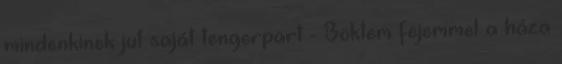
mindenkinek jut saját tengerpart - Böktem fejemmel a háza